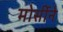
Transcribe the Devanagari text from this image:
मोर्सीने